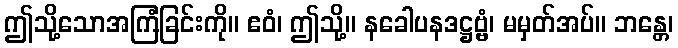
ဤသို့သောအကြံခြင်းကို။ ဧဝံ၊ ဤသို့။ နခေါပနဒဋ္ဌဗ္ဗံ၊ မမှတ်အပ်။ ဘန္တေ၊